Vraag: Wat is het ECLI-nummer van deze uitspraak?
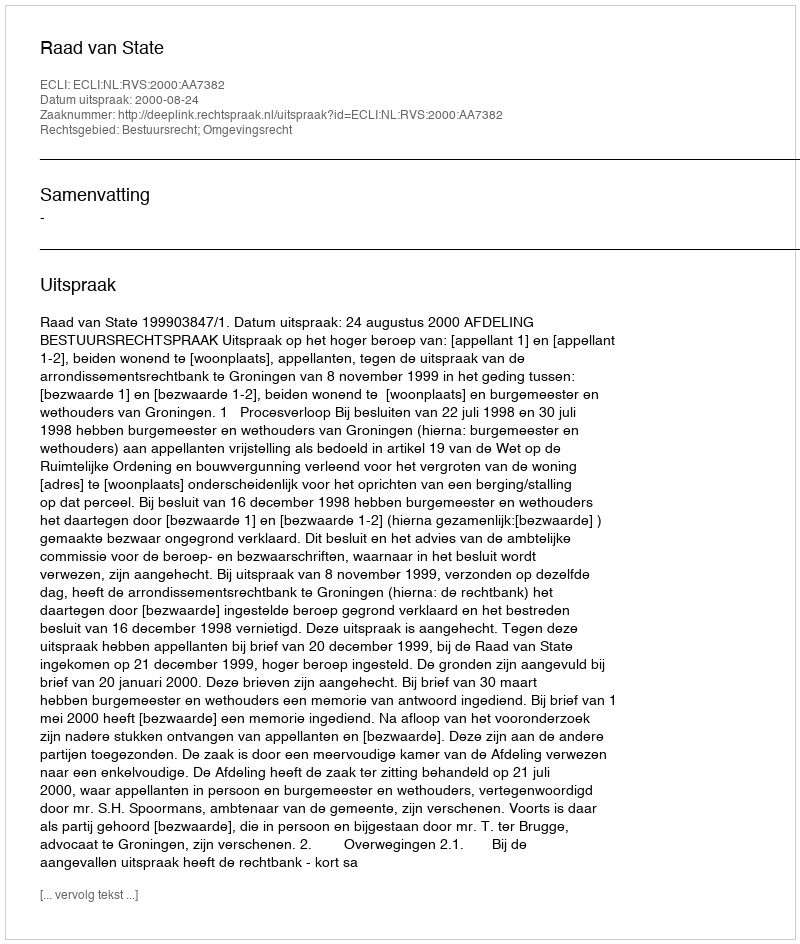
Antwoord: ECLI:NL:RVS:2000:AA7382